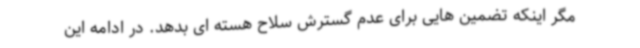
مگر اینکه تضمین هایی برای عدم گسترش سلاح هسته ای بدهد. در ادامه این